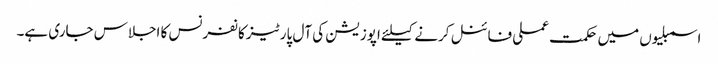
اسمبلیوں میں حکمت عملی فائنل کرنے کیلئے اپوزیشن کی آل پارٹیز کانفرنس کا اجلاس جاری ہے۔